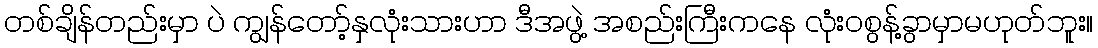
တစ်ချိန်တည်းမှာ ပဲ ကျွန်တော့်နှလုံးသားဟာ ဒီအဖွဲ့ အစည်းကြီးကနေ လုံးဝစွန့်ခွာမှာမဟုတ်ဘူး။